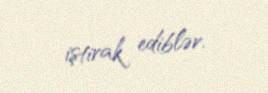
iştirak ediblər.